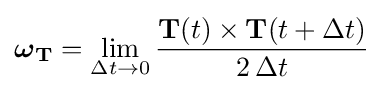
{\boldsymbol {\omega }}_{\mathbf {T} }=\lim _{\Delta t\rightarrow 0}{\mathbf {T} (t)\times \mathbf {T} (t+\Delta t) \over 2\,\Delta t}